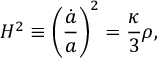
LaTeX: H ^ { 2 } \equiv \biggl ( \frac { \dot { a } } { a } \biggr ) ^ { 2 } = \frac { \kappa } { 3 } \rho ,